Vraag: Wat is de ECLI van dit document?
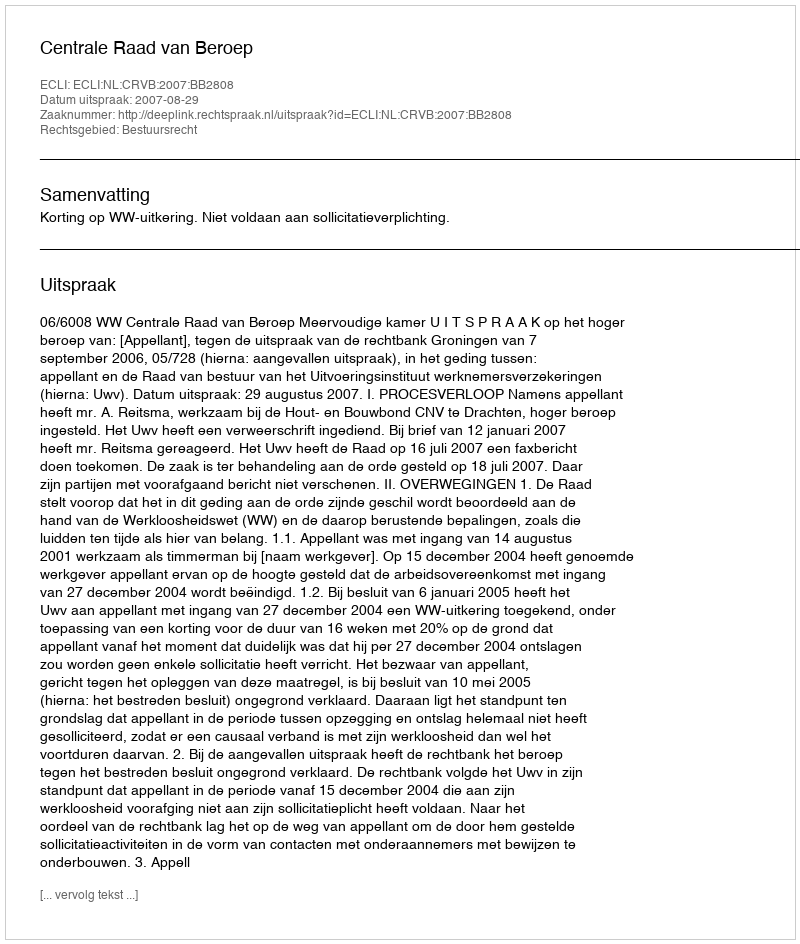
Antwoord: ECLI:NL:CRVB:2007:BB2808